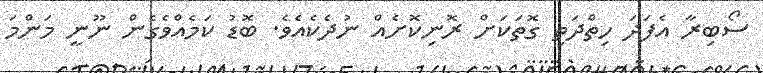
ސޯބިރާ އެފަދަ ހިތްދަތި ގޮތަކަށް ރޮނިކޮށެއް ނުދެކެއެވެ. ބޮޑު ކަމެއްވެގެން ނޫނީ މަންމަ